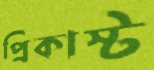
প্রিকাস্ট